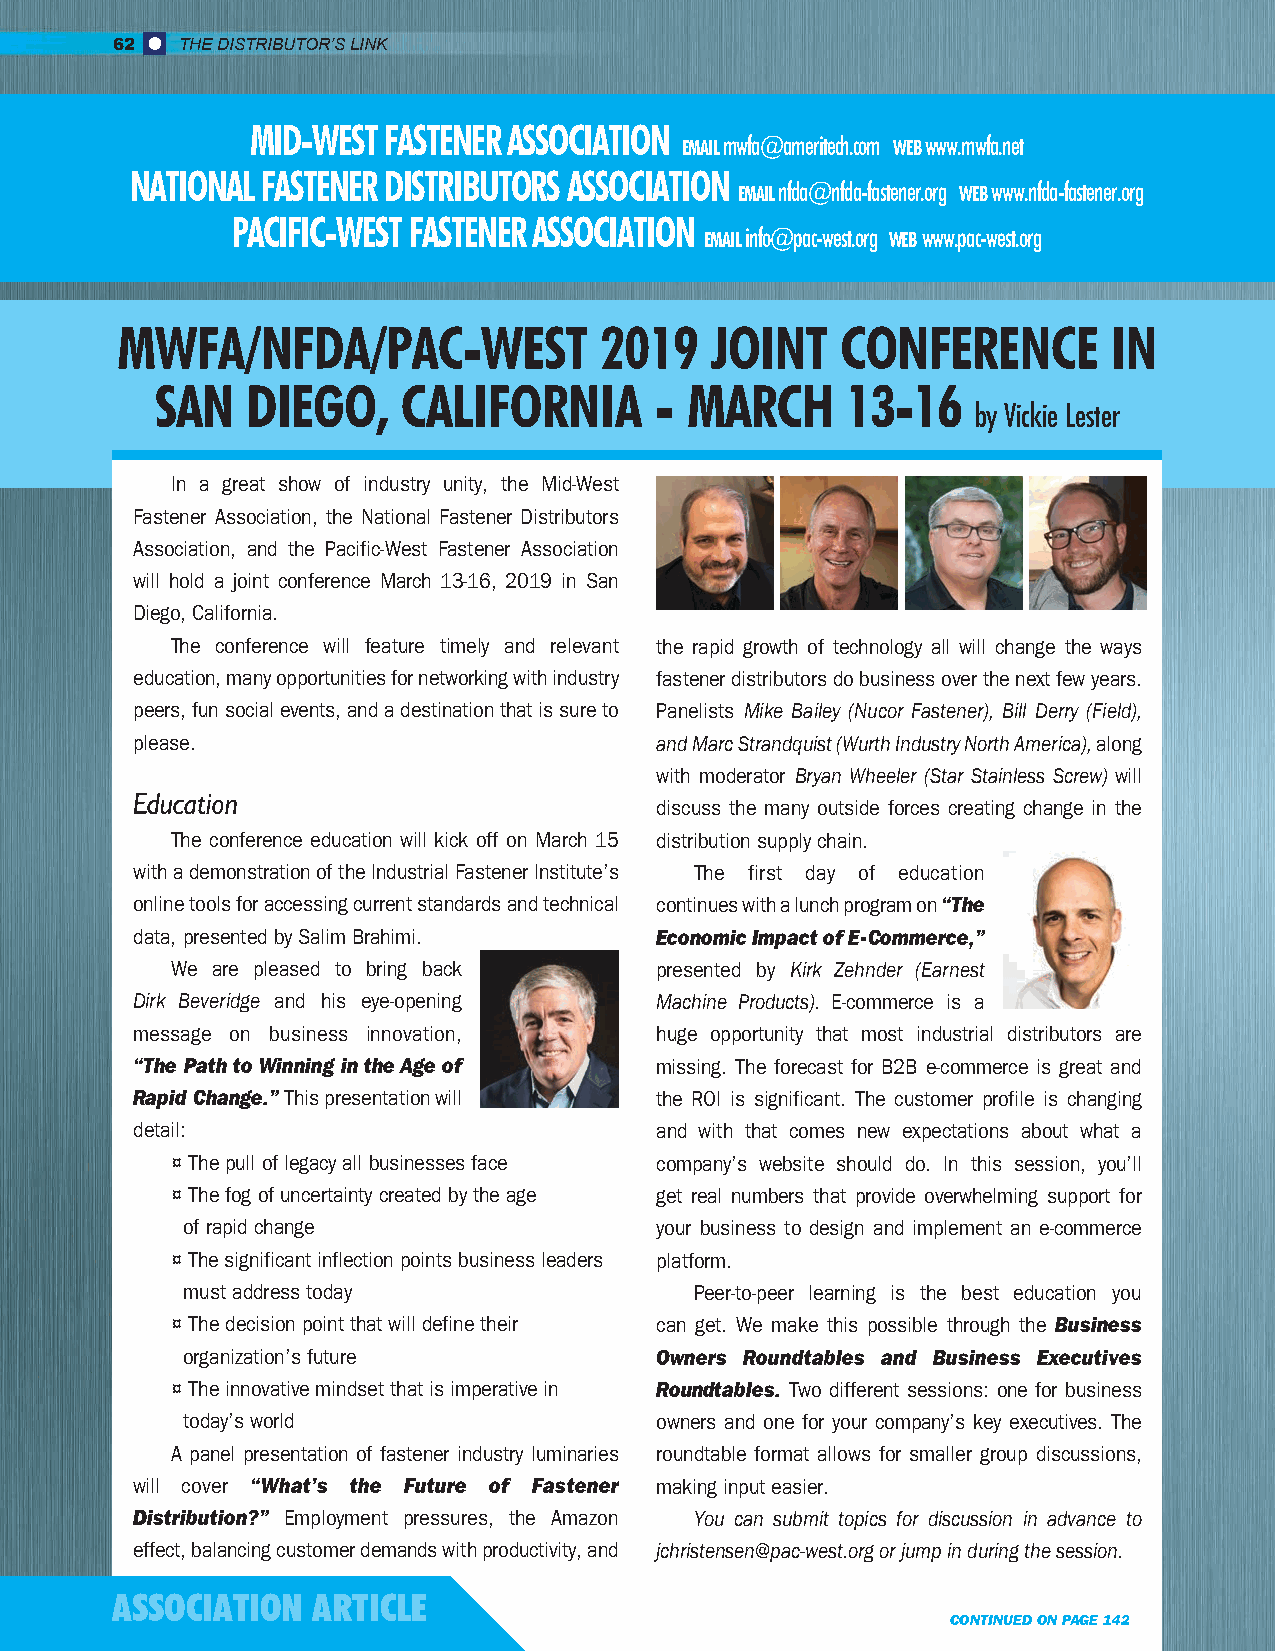
62   THE DISTRIBUTOR’S LINK
 MID-WEST FASTENER ASSOCIATION
 EMAIL mwfa@ameritech.com WEB www.mwfa.net
 NATIONAL FASTENER DISTRIBUTORS ASSOCIATION
 EMAIL nfda@nfda-fastener.org WEB www.nfda-fastener.org
 PACIFIC-WEST FASTENER ASSOCIATION
 EMAIL info@pac-west.org WEB www.pac-west.org
 MWFA/NFDA/PAC-WEST              2019   JOINT    CONFERENCE        IN
 SAN   DIEGO,     CALIFORNIA      -  MARCH     13-16
 by Vickie Lester
 In a great show of industry unity, the Mid-West
 Fastener Association, the National Fastener Distributors
 Association, and the Pacific-West Fastener Association
 will hold a joint conference March 13-16, 2019 in San
 Diego, California.
 The conference will feature timely and relevant the rapid growth of technology all will change the ways
 education, many opportunities for networking with industry fastener distributors do business over the next few years.
 peers, fun social events, and a destination that is sure to Panelists Mike Bailey (Nucor Fastener), Bill Derry (Field),
 please.                           and Marc Strandquist (Wurth Industry North America), along
 with moderator Bryan Wheeler (Star Stainless Screw) will
 Education
 discuss the many outside forces creating change in the
 The conference education will kick off on March 15 distribution supply chain.
 with a demonstration of the Industrial Fastener Institute’s The first day of education
 online tools for accessing current standards and technical continues with a lunch program on “The
 data, presented by Salim Brahimi. Economic Impact of E-Commerce,”
 We are pleased to bring back    presented by Kirk Zehnder (Earnest
 Dirk Beveridge and his eye-opening Machine Products). E-commerce is a
 message on business innovation,   huge opportunity that most industrial distributors are
 “The Path to Winning in the Age of missing. The forecast for B2B e-commerce is great and
 Rapid Change.” This presentation will the ROI is significant. The customer profile is changing
 detail:                           and with that comes new expectations about what a
 ¤ The pull of legacy all businesses face company’s website should do. In this session, you’ll
 ¤ The fog of uncertainty created by the age get real numbers that provide overwhelming support for
 of rapid change                your business to design and implement an e-commerce
 ¤ The significant inflection points business leaders platform.
 must address today                Peer-to-peer learning is the best education you
 ¤ The decision point that will define their can get. We make this possible through the Business
 organization’s future          Owners Roundtables and Business Executives
 ¤ The innovative mindset that is imperative in Roundtables. Two different sessions: one for business
 today’s world                  owners and one for your company’s key executives. The
 A panel presentation of fastener industry luminaries roundtable format allows for smaller group discussions,
 will cover “What’s the Future of Fastener making input easier.
 Distribution?” Employment pressures, the Amazon You can submit topics for discussion in advance to
 effect, balancing customer demands with productivity, and jchristensen@pac-west.org or jump in during the session.
 ASSOCIATION   ARTICLE
 CONTINUED ON PAGE 142